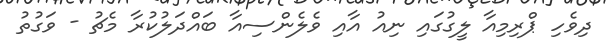
ދިވެހި ޕްރިމިއާ ލީގުގައި ނިއު އާއި ވެލެންސިއާ ބައްދަލުކުރާ މެޗު - ވަގުތު